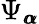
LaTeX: \Psi_{{\pmb{\alpha}}}